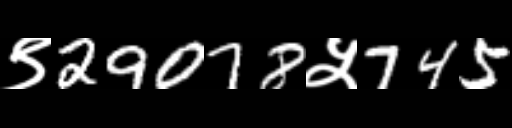
Text: ९29078५745